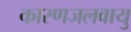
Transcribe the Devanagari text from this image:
कारणजलवायु